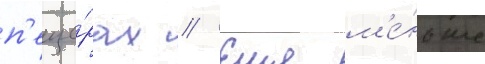
п'еще́рах // Еще м'е́ньше